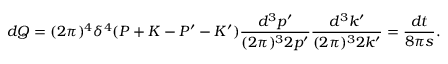
d Q = ( 2 \pi ) ^ { 4 } \delta ^ { 4 } ( P + K - P ^ { \prime } - K ^ { \prime } ) \frac { d ^ { 3 } p ^ { \prime } } { ( 2 \pi ) ^ { 3 } 2 p ^ { \prime } } \frac { d ^ { 3 } k ^ { \prime } } { ( 2 \pi ) ^ { 3 } 2 k ^ { \prime } } = \frac { d t } { 8 \pi s } .